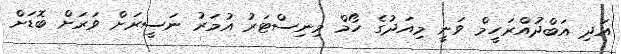
އަދި އަބްދުއްރަހީމް ވަނީ މިއަދުގެ ހޯމް މިނިސްޓަރު އުމަރު ނަސީރަށް ވަރަށް ބޮޑަށް